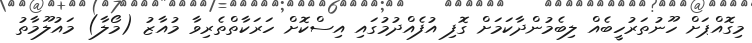
މިގޮއްޕަށް ހޫނުތަރުހީބެއް ލިބެމުންދާކަމަށް ގޮފި އުފެއްދުމުގައި އިސްކޮށް ހަރަކާތްތެރިވާ މުއާޒު (މޯލާ) މައުލޫމާތު